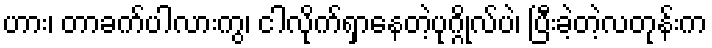
ဟား၊ တာခက်ပါလားကွ၊ ငါလိုက်ရှာနေတဲ့ပုဂ္ဂိုလ်ပဲ၊ ပြီးခဲ့တဲ့လတုန်းက